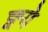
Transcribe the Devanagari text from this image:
छ्वये